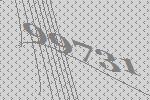
99731